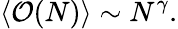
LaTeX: \langle{\mathcal O}(N)\rangle\sim N^{\gamma}.